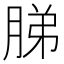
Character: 䏲